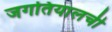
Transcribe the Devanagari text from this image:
जगतियालची